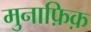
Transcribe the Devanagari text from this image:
मुनाफ़िक़